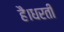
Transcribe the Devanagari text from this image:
है।धरती